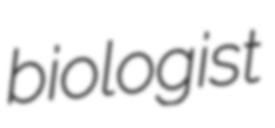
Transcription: biologist